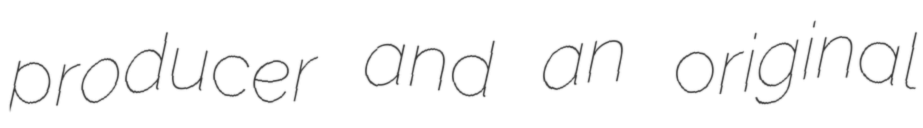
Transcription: producer and an original